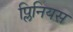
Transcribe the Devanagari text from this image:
प्लिनियस